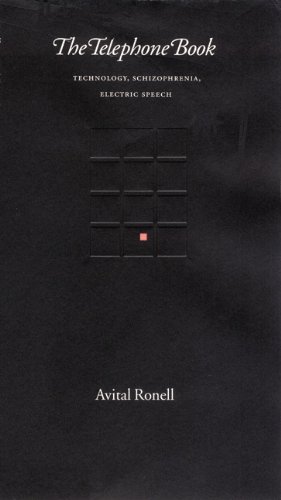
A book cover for The Telephone Book: Technology, Schizophrenia, Electric Speech; Avital Ronell; Health, Fitness & Dieting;